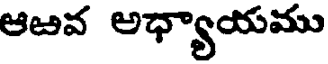
ఆటివ అధ్యాయము